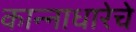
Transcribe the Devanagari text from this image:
कान्नाधारेचे